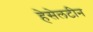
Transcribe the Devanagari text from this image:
हेसेलटीन